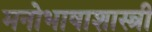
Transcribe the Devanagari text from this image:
मनोभाषाशास्त्री